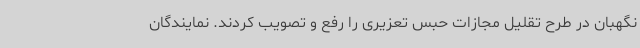
نگهبان در طرح تقلیل مجازات حبس تعزیری را رفع و تصویب کردند. نمایندگان